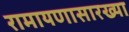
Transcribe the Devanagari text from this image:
रामायणासारख्या